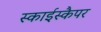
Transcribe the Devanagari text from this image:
स्काईस्कैपर